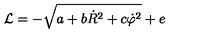
{ \cal L } = - \sqrt { a + b \dot { R } ^ { 2 } + c \dot { \varphi } ^ { 2 } } + e